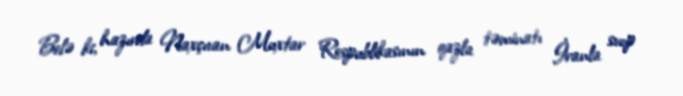
Belə ki, hazırda Naxçıvan Muxtar Respublikasının qazla təminatı İranla svop